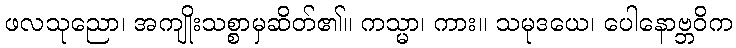
ဖလသုညော၊ အကျိုးသစ္စာမှဆိတ်၏။ ကသ္မာ၊ ကား။ သမုဒယေ၊ ပေါနောဗ္ဘဝိက